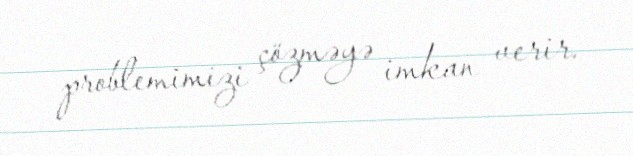
problemimizi çözməyə imkan verir.